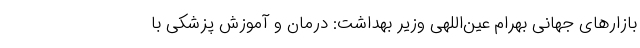
بازارهای جهانی بهرام عین‌اللهی وزیر بهداشت: درمان و آموزش پزشکی با